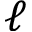
\ell